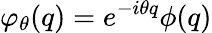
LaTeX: \varphi_{\theta}(q)=e^{-i\theta q}\phi(q)